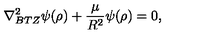
\nabla _ { B T Z } ^ { 2 } \psi ( \rho ) + { \frac { \mu } { R ^ { 2 } } } \psi ( \rho ) = 0 ,